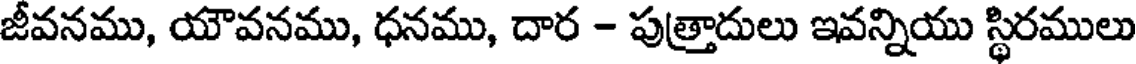
జీవనము, యౌవనము, ధనము, దార - పుత్రాదులు ఇవన్నియు స్థిరములు